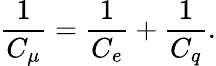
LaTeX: \frac{1}{C_{\mu}}=\frac{1}{C_{e}}+\frac{1}{C_{q}}.